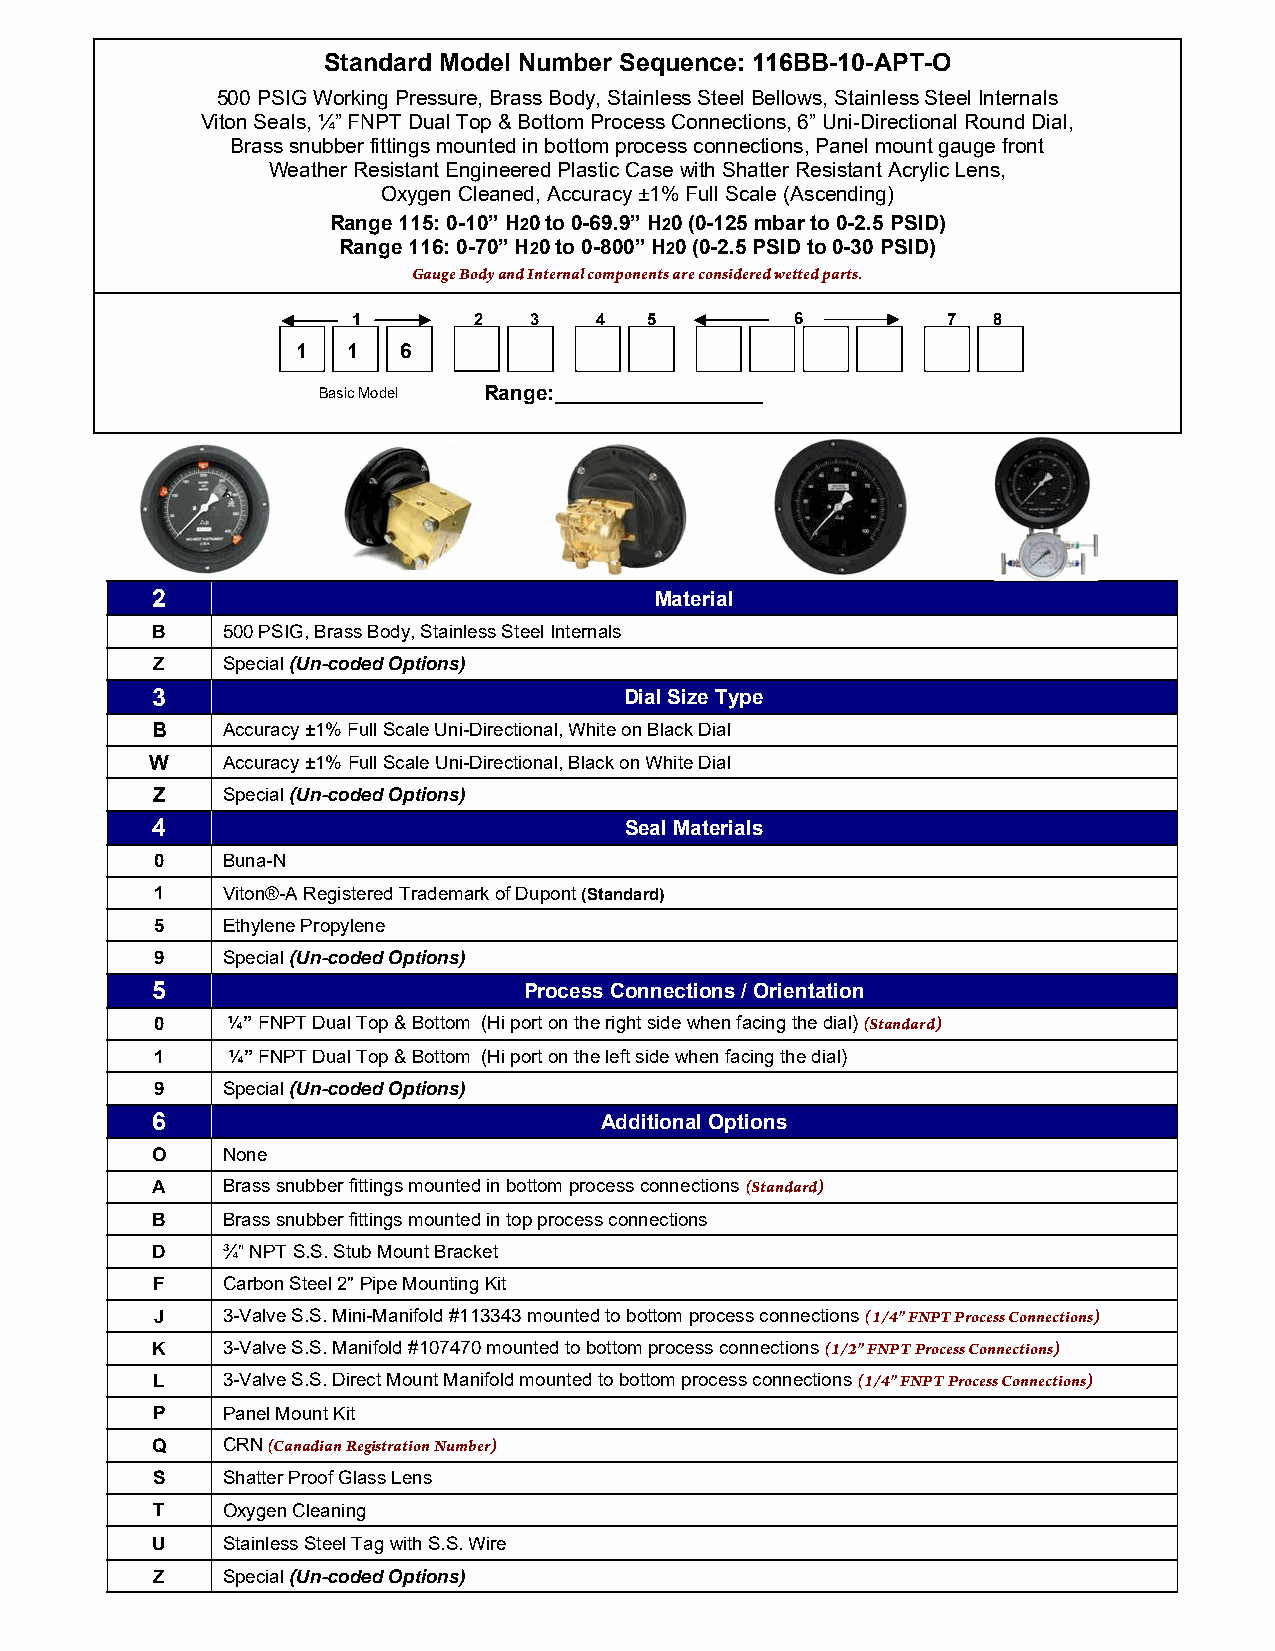
Standard Model Number Sequence: 116BB-10-APT-O
 500 PSIG Working Pressure, Brass Body, Stainless Steel Bellows, Stainless Steel Internals
 Viton Seals, ¼” FNPT Dual Top & Bottom Process Connections, 6” Uni-Directional Round Dial,
 Brass snubber fittings mounted in bottom process connections, Panel mount gauge front
 Weather Resistant Engineered Plastic Case with Shatter Resistant Acrylic Lens,
 Oxygen Cleaned, Accuracy ±1% Full Scale (Ascending)
 Range 115: 0-10” H20 to 0-69.9” H20 (0-125 mbar to 0-2.5 PSID)
 Range 116: 0-70” H20 to 0-800” H20 (0-2.5 PSID to 0-30 PSID)
 Gauge Body and Internal components are considered wetted parts.
 1       2   3   4   5         6         7  8
 1  1   6
 Basic Model Range:__________________
 2                                Material
 B    500 PSIG, Brass Body, Stainless Steel Internals
 Z    Special (Un-coded Options)
 3                              Dial Size Type
 B    Accuracy ±1% Full Scale Uni-Directional, White on Black Dial
 W    Accuracy ±1% Full Scale Uni-Directional, Black on White Dial
 Z    Special (Un-coded Options)
 4                              Seal Materials
 0    Buna-N
 1    Viton®-A Registered Trademark of Dupont (Standard)
 5    Ethylene Propylene
 9    Special (Un-coded Options)
 5                        Process Connections / Orientation
 0    ¼” FNPT Dual Top & Bottom (Hi port on the right side when facing the dial) (Standard)
 1    ¼” FNPT Dual Top & Bottom (Hi port on the left side when facing the dial)
 9    Special (Un-coded Options)
 6                             Additional Options
 O    None
 A    Brass snubber fittings mounted in bottom process connections (Standard)
 B    Brass snubber fittings mounted in top process connections
 D    ¾” NPT S.S. Stub Mount Bracket
 F    Carbon Steel 2" Pipe Mounting Kit
 J    3-Valve S.S. Mini-Manifold #113343 mounted to bottom process connections (1/4" FNPT Process Connections)
 K    3-Valve S.S. Manifold #107470 mounted to bottom process connections (1/2" FNPT Process Connections)
 L    3-Valve S.S. Direct Mount Manifold mounted to bottom process connections (1/4" FNPT Process Connections)
 P    Panel Mount Kit
 Q    CRN (Canadian Registration Number)
 S    Shatter Proof Glass Lens
 T    Oxygen Cleaning
 U    Stainless Steel Tag with S.S. Wire
 Z    Special (Un-coded Options)